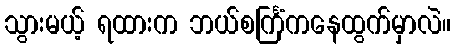
သွားမယ့် ရထားက ဘယ်စင်္ကြံကနေထွက်မှာလဲ။